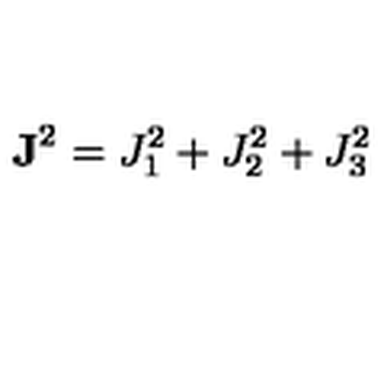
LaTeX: { \bf J } ^ { 2 } = J _ { 1 } ^ { 2 } + J _ { 2 } ^ { 2 } + J _ { 3 } ^ { 2 }